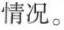
情况。